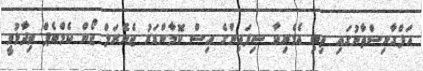
އަފްގާނިސްތާނުގައި ތިބި އެމެރިކާ ސިފައިންގެ އިސް ކޮމާންޑަރު ޖެނެރަލް ޖޯން ކެމްބެޕް ވިދާޅުވީ